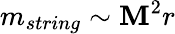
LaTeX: m_{string}\sim\mathbf{M}^{2}r